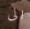
الى